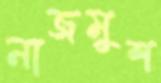
নাজমুশ